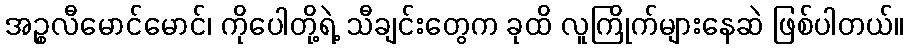
အဉ္စလီမောင်မောင်၊ ကိုပေါတို့ရဲ့ သီချင်းတွေက ခုထိ လူကြိုက်များနေဆဲ ဖြစ်ပါတယ်။